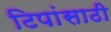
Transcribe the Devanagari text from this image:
टिपांसाठी